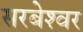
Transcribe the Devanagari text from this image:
सरबेश्‍वर